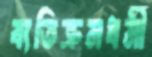
ব্যতিক্রমধর্মী